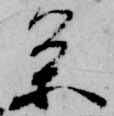
条